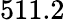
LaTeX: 511.2